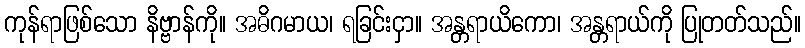
ကုန်ရာဖြစ်သော နိဗ္ဗာန်ကို။ အဓိဂမာယ၊ ရခြင်းငှာ။ အန္တရာယိကော၊ အန္တရာယ်ကို ပြုတတ်သည်။